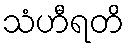
သံဟီရတိ